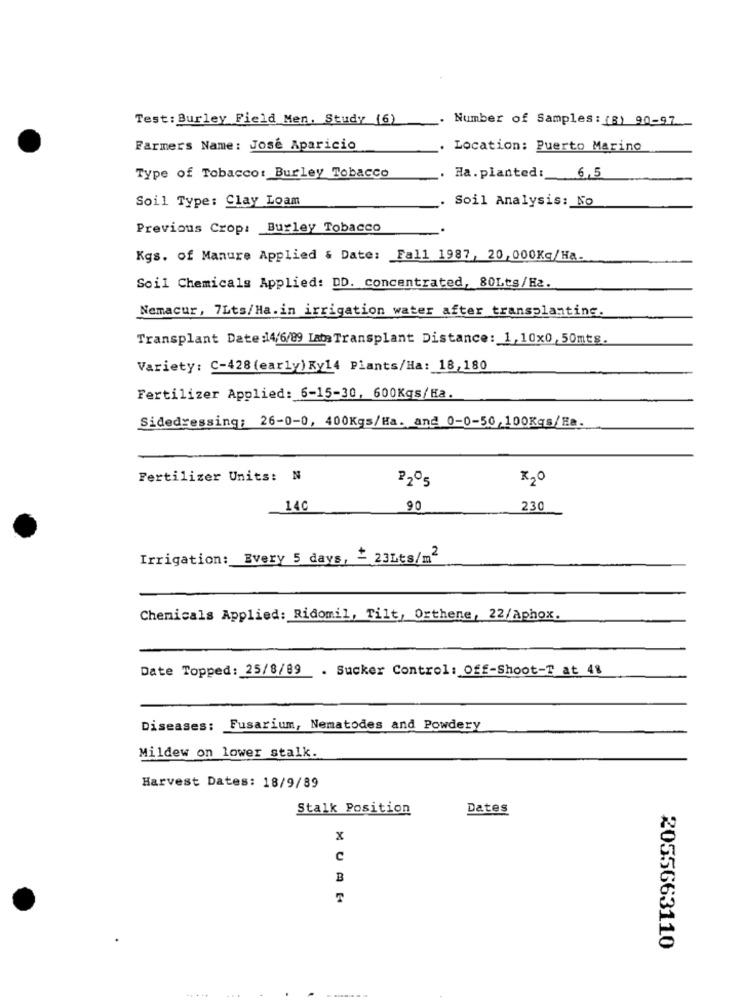
Test: Burley Field Men. Study (6)
_. Number of Samples : (8) 90-97
Farmers Name: Jose Aparicio
Location: Puerto Marino
Type of Tobacco: Burley Tobacco
Ha. planted: 6,5
Soil Type: Clay Loam
Soil Analysis: No
Previous Crop: Burley Tobacco
Kgs. of Manure Applied & Date: Fall 1987, 20, 000Kg/Ha.
Soil Chemicals Applied: DD. concentrated, 80Lts/H2.
Nemacur, 7Lts/Ha.in irrigation water after transplanting.
Transplant Date :14/6/89 Lata Transplant Distance: 1,10x0,50mts.
Variety: C-428 (early) Ky14 Plants/Ha: 18,180
Fertilizer Applied: 6-15-30, 600Kgs/Ha.
Sidedressing: 26-0-0, 400Kgs/Ha. and 0-0-50,100Kqs/Ha.
Fertilizer Units: N
22º5
K2O
140
90
230
Irrigation: Every 5 days, £ 23Lts/m2
Chemicals Applied: Ridomil, Tilt, Orthene, 22/Aphox.
Date Topped: 25/8/89
. Sucker Control: Off-Shoot-T at 4%
Diseases: Fusarium, Nematodes and Powdery
Mildew on lower stalk.
Harvest Dates: 18/9/89
Stalk Position
Dates
x
C
B
T
2055663110